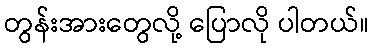
တွန်းအားတွေလို့ ပြောလို ပါတယ်။